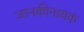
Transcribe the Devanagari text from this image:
जानकीनायकं